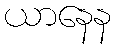
ယာနေန